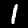
Digit: 1